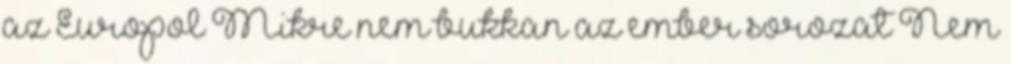
az Europol Mikre nem bukkan az ember sorozat Nem